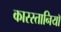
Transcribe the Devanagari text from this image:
कारस्तानियाॅ